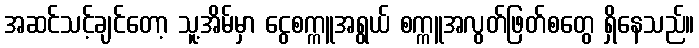
အဆင်သင့်ချင်တော့ သူ့အိမ်မှာ ငွေစက္ကူအရွယ် စက္ကူအလွတ်ဖြတ်စတွေ ရှိနေသည်။